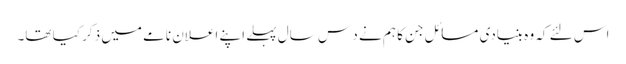
اس لئے کہ وہ بنیادی مسائل جن کا ہم نے د س سال پہلے اپنے اعلان نامے میں ذکر کیا تھا۔